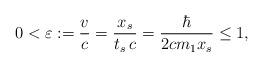
LaTeX: \begin{align*}0<\varepsilon :=\frac{v}{c}= \frac{x_s}{ t_s\, c}=\frac{\hbar}{2cm_1x_s}\le 1,\end{align*}